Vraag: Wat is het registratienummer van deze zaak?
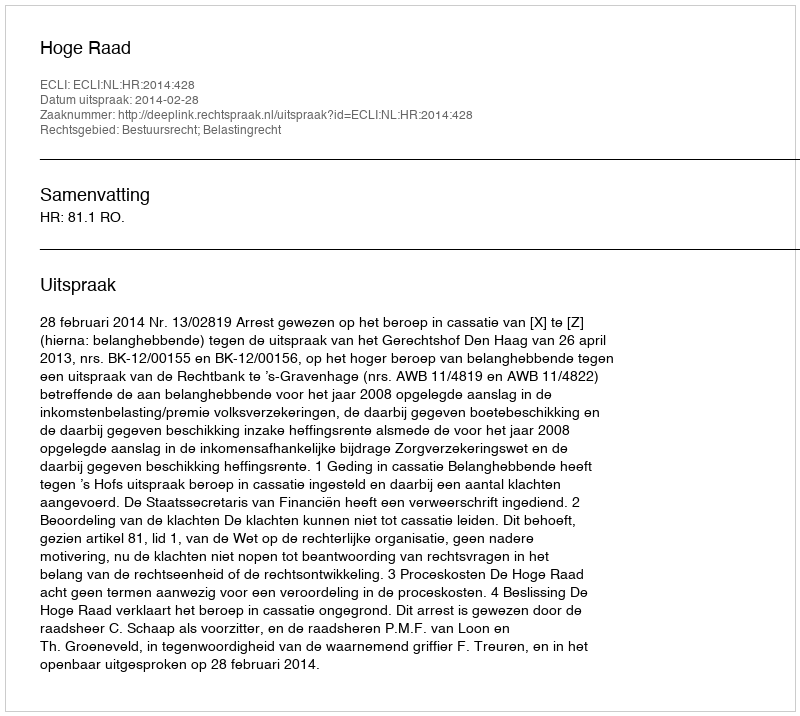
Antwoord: http://deeplink.rechtspraak.nl/uitspraak?id=ECLI:NL:HR:2014:428